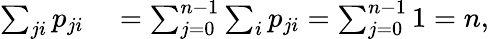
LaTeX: \begin{array}{rl}{\sum_{ji}p_{ji}}&{{}=\sum_{j=0}^{n-1}\sum_{i}p_{ji}=\sum_{j=0}^{n-1}1=n,}\end{array}